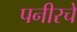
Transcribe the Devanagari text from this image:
पनीरचे